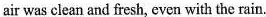
air was clean and fresh, even with the rain.